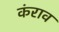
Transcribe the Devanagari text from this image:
कंराव